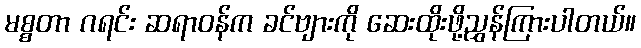
မစ္စတာ ဂရင်း ဆရာဝန်က ခင်ဗျားကို ဆေးထိုးဖို့ညွှန်ကြားပါတယ်။